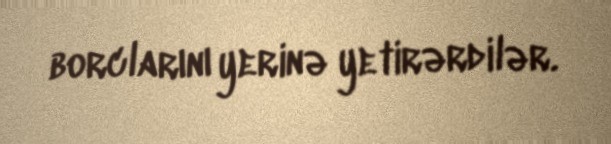
borclarını yerinə yetirərdilər.